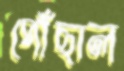
পৌঁছাল